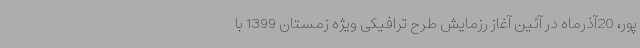
پور، 20آذرماه در آئین آغاز رزمایش طرح ترافیکی ویژه زمستان 1399 با